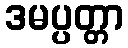
ဒမပ္ပတ္တာ